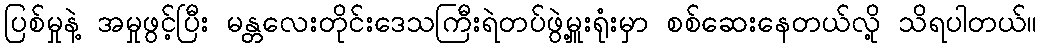
ပြစ်မှုနဲ့ အမှုဖွင့်ပြီး မန္တလေးတိုင်းဒေသကြီးရဲတပ်ဖွဲ့မှူးရုံးမှာ စစ်ဆေးနေတယ်လို့ သိရပါတယ်။